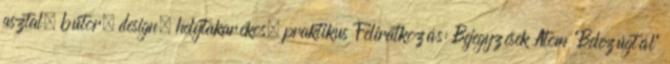
asztal, bútor, design, helytakarékos, praktikus Feliratkozás: Bejegyzések Atom "Belezúgtál"